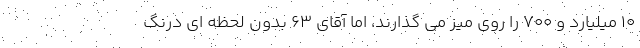
۱۰ میلیارد و ۷۰۰ را روی میز می گذارند، اما آقای ۶۳ بدون لحظه ای درنگ